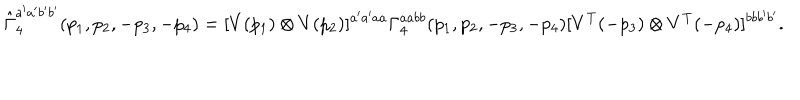
\hat { \Gamma } _ { 4 } ^ { a ^ { \prime } a ^ { \prime } b ^ { \prime } b ^ { \prime } } ( p _ { 1 } , p _ { 2 } , - p _ { 3 } , - p _ { 4 } ) = [ V ( p _ { 1 } ) \otimes V ( p _ { 2 } ) ] ^ { a ^ { \prime } a ^ { \prime } a a } { \Gamma } _ { 4 } ^ { a a b b } ( p _ { 1 } , p _ { 2 } , - p _ { 3 } , - p _ { 4 } ) [ V ^ { T } ( - p _ { 3 } ) \otimes V ^ { T } ( - p _ { 4 } ) ] ^ { b b b ^ { \prime } b ^ { \prime } } .